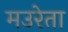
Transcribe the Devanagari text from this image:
मउरेता